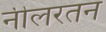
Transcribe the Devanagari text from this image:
नीलरतन